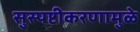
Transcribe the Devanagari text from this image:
सुस्पष्टीकरणामुळे